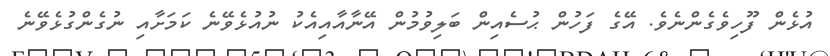
އުޅެން ފޫހިވެގެންނެވެ. އޭގެ ފަހުން ޙުސެއިން ބަލިވުމުން އޭނާއާއިއެކު ނުއުޅެވޭނެ ކަމަށާއި ނުގެންގުޅެވޭނެ